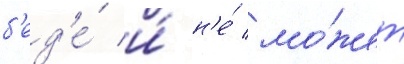
б'ед'е́ и́ н'е́ мо́жет